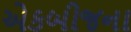
એકબીજના